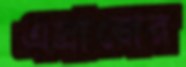
এস্রাজের